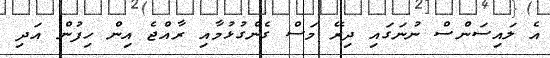
އެ ލައިސަންސް ނުނަގައި ދިރޭ މަސް ގެންގުޅުމާއި ރާއްޖެ އިން ހިފުން އަދި